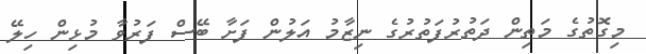
މިގޮތުގެ މަތިން ދަތުރުފަތުރުގެ ނިޒާމު އަލުން ފަށާ ބޭސް ފަރުވާ މުޅިން ހިލޭ